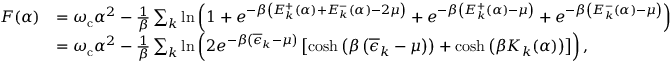
\begin{array} { r l } { F ( \alpha ) } & { = \omega _ { \mathrm { c } } \alpha ^ { 2 } - \frac { 1 } { \beta } \sum _ { k } \ln \left( 1 + e ^ { - \beta \left( E _ { k } ^ { + } ( \alpha ) + E _ { k } ^ { - } ( \alpha ) - 2 \mu \right) } + e ^ { - \beta \left( E _ { k } ^ { + } ( \alpha ) - \mu \right) } + e ^ { - \beta \left( E _ { k } ^ { - } ( \alpha ) - \mu \right) } \right) } \\ & { = \omega _ { \mathrm { c } } \alpha ^ { 2 } - \frac { 1 } { \beta } \sum _ { k } \ln \left( 2 e ^ { - \beta \left( \overline { { \epsilon } } _ { k } - \mu \right) } \left[ \cosh \left( \beta \left( \overline { { \epsilon } } _ { k } - \mu \right) \right) + \cosh \left( \beta K _ { k } ( \alpha ) \right) \right] \right) , } \end{array}